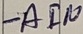
Text: -AIN